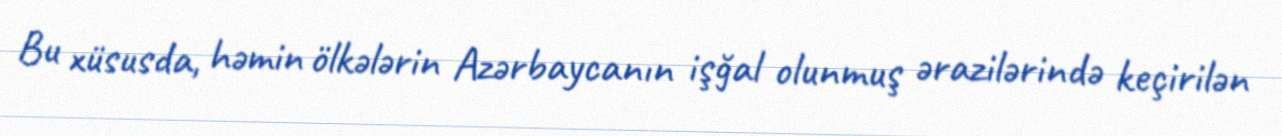
Bu xüsusda, həmin ölkələrin Azərbaycanın işğal olunmuş ərazilərində keçirilən